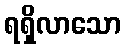
ရရှိလာသော